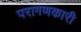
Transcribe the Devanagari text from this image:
परागणकारी